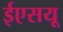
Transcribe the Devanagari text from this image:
ईएसयू